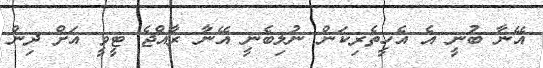
އޭނާ ބުނީ އެ އެހީތެރިކަން ނުލިބެނީ އޭނާ ރާއްޖެ ޓީވީ އަށް ދިން